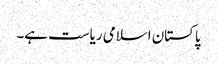
پاکستان اسلامی ریاست ہے۔